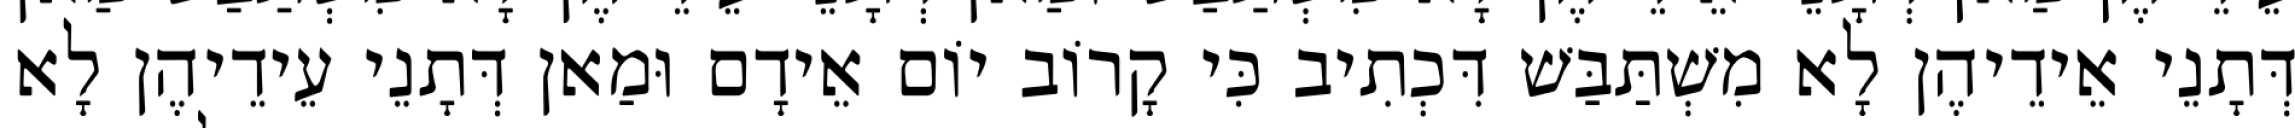
דְּתָנֵי אֵידֵיהֶן לָא מִשְׁתַּבַּשׁ דִּכְתִיב כִּי קָרוֹב יוֹם אֵידָם וּמַאן דְּתָנֵי עֵידֵיהֶן לָא